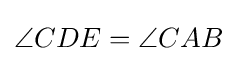
\angle CDE=\angle CAB